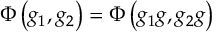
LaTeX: \Phi \left( g _ { 1 } , g _ { 2 } \right) = \Phi \left( g _ { 1 } g , g _ { 2 } g \right)